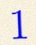
1